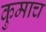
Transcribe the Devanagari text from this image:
कुमाच